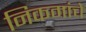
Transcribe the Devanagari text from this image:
निकमांचे